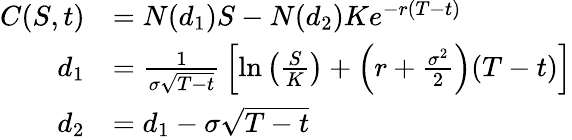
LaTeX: {\begin{array}{rl}{C(S,t)}&{=N(d_{1})S-N(d_{2})Ke^{-r(T-t)}}\\ {d_{1}}&{={\frac{1}{\sigma{\sqrt{T-t}}}}\left[\ln\left({\frac{S}{K}}\right)+\left(r+{\frac{\sigma^{2}}{2}}\right)(T-t)\right]}\\ {d_{2}}&{=d_{1}-\sigma{\sqrt{T-t}}}\end{array}}